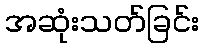
အဆုံးသတ်ခြင်း